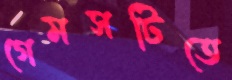
গেমসটিতে